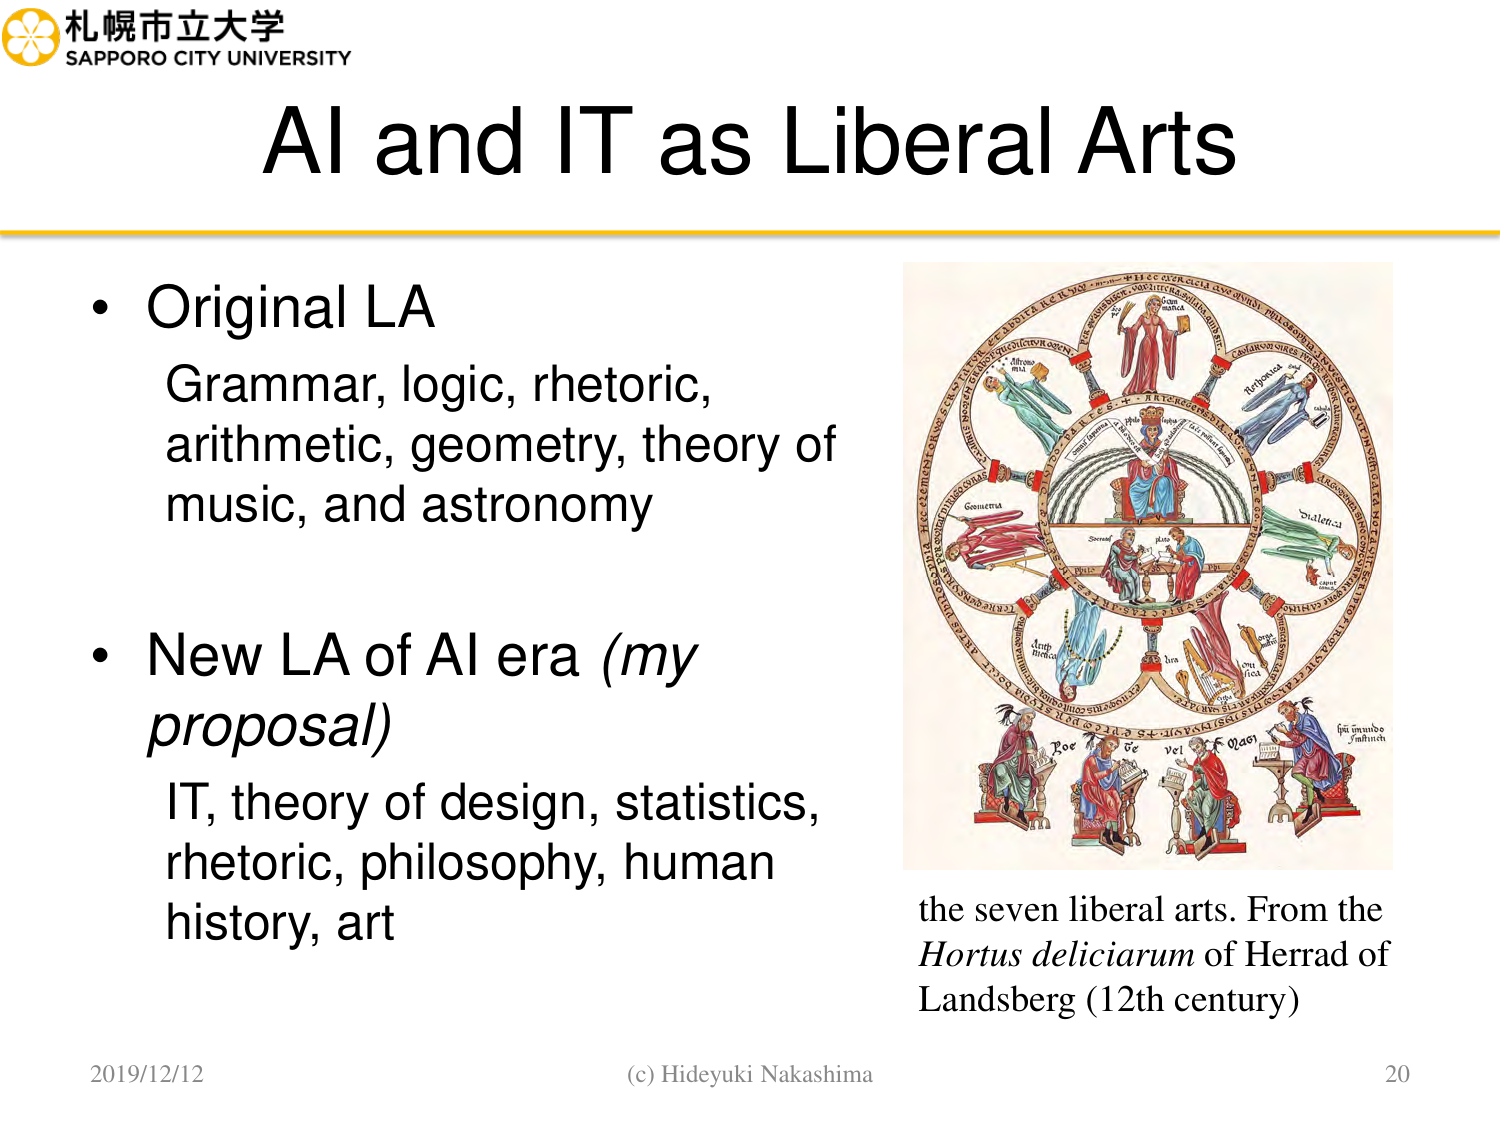
札幌市立大学
SAPPORO CITY UNIVERSITY

AI and IT as Liberal Arts

• Original LA
Grammar, logic, rhetoric,
arithmetic, geometry, theory of
music, and astronomy

• New LA of AI era (my
proposal)
IT, theory of design, statistics,
rhetoric, philosophy, human
history, art

the seven liberal arts. From the
Hortus deliciarum of Herad of
Landsberg (12th century)

2019/12/12
(c) Hideyuki Nakashima
20